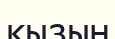
кызын